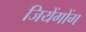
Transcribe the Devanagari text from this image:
जियेंगोंग